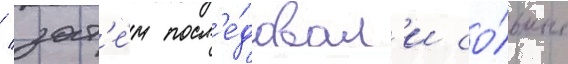
/ зат'е́м посл'е́довал'и со́льные